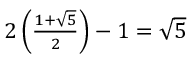
\textstyle 2 \left( { \frac { 1 + { \sqrt { 5 } } } { 2 } } \right) - 1 = { \sqrt { 5 } }